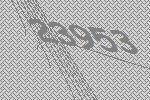
23953